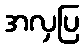
အလှပြ